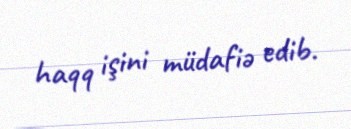
haqq işini müdafiə edib.